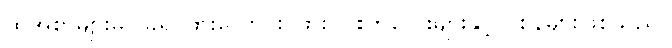
ထိုအစာများမှာ ခရု၊ ဖားလောင်း၊ ဖား၊ ငါးကလေးများနှင့် ပုစွန်များဖြစ်သည်။